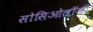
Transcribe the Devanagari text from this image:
सोसिओलॉजी